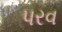
પરવ